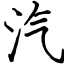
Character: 汽